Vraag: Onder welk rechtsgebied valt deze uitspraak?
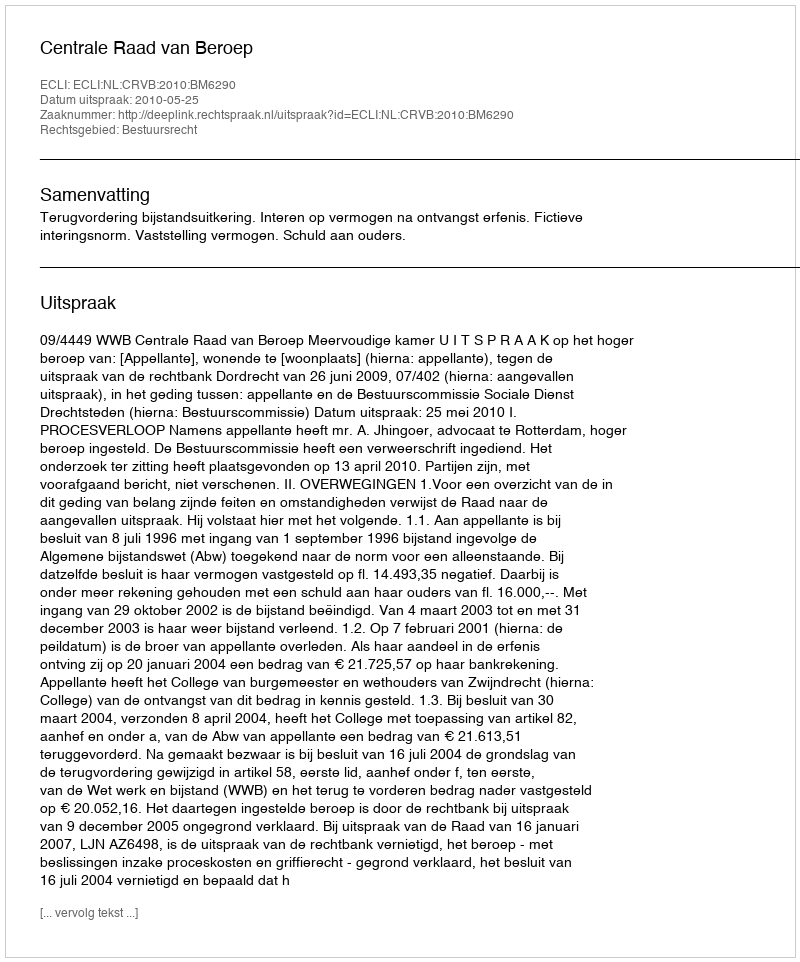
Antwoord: Bestuursrecht